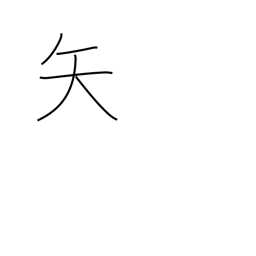
Meaning: dart